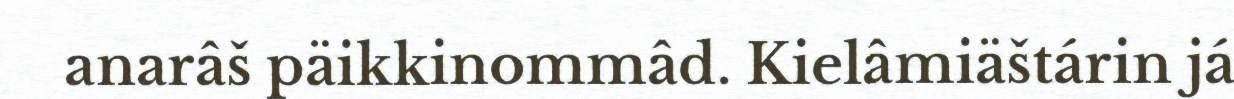
anarâš päikkinommâd. Kielâmiäštárin já